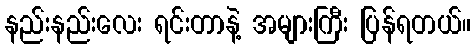
နည်းနည်းလေး ရင်းတာနဲ့ အများကြီး ပြန်ရတယ်။